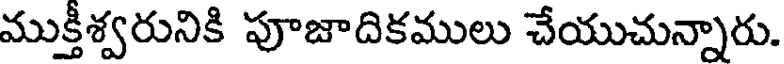
ముక్తీశ్వరునికి పూజాదికములు చేయుచున్నారు.